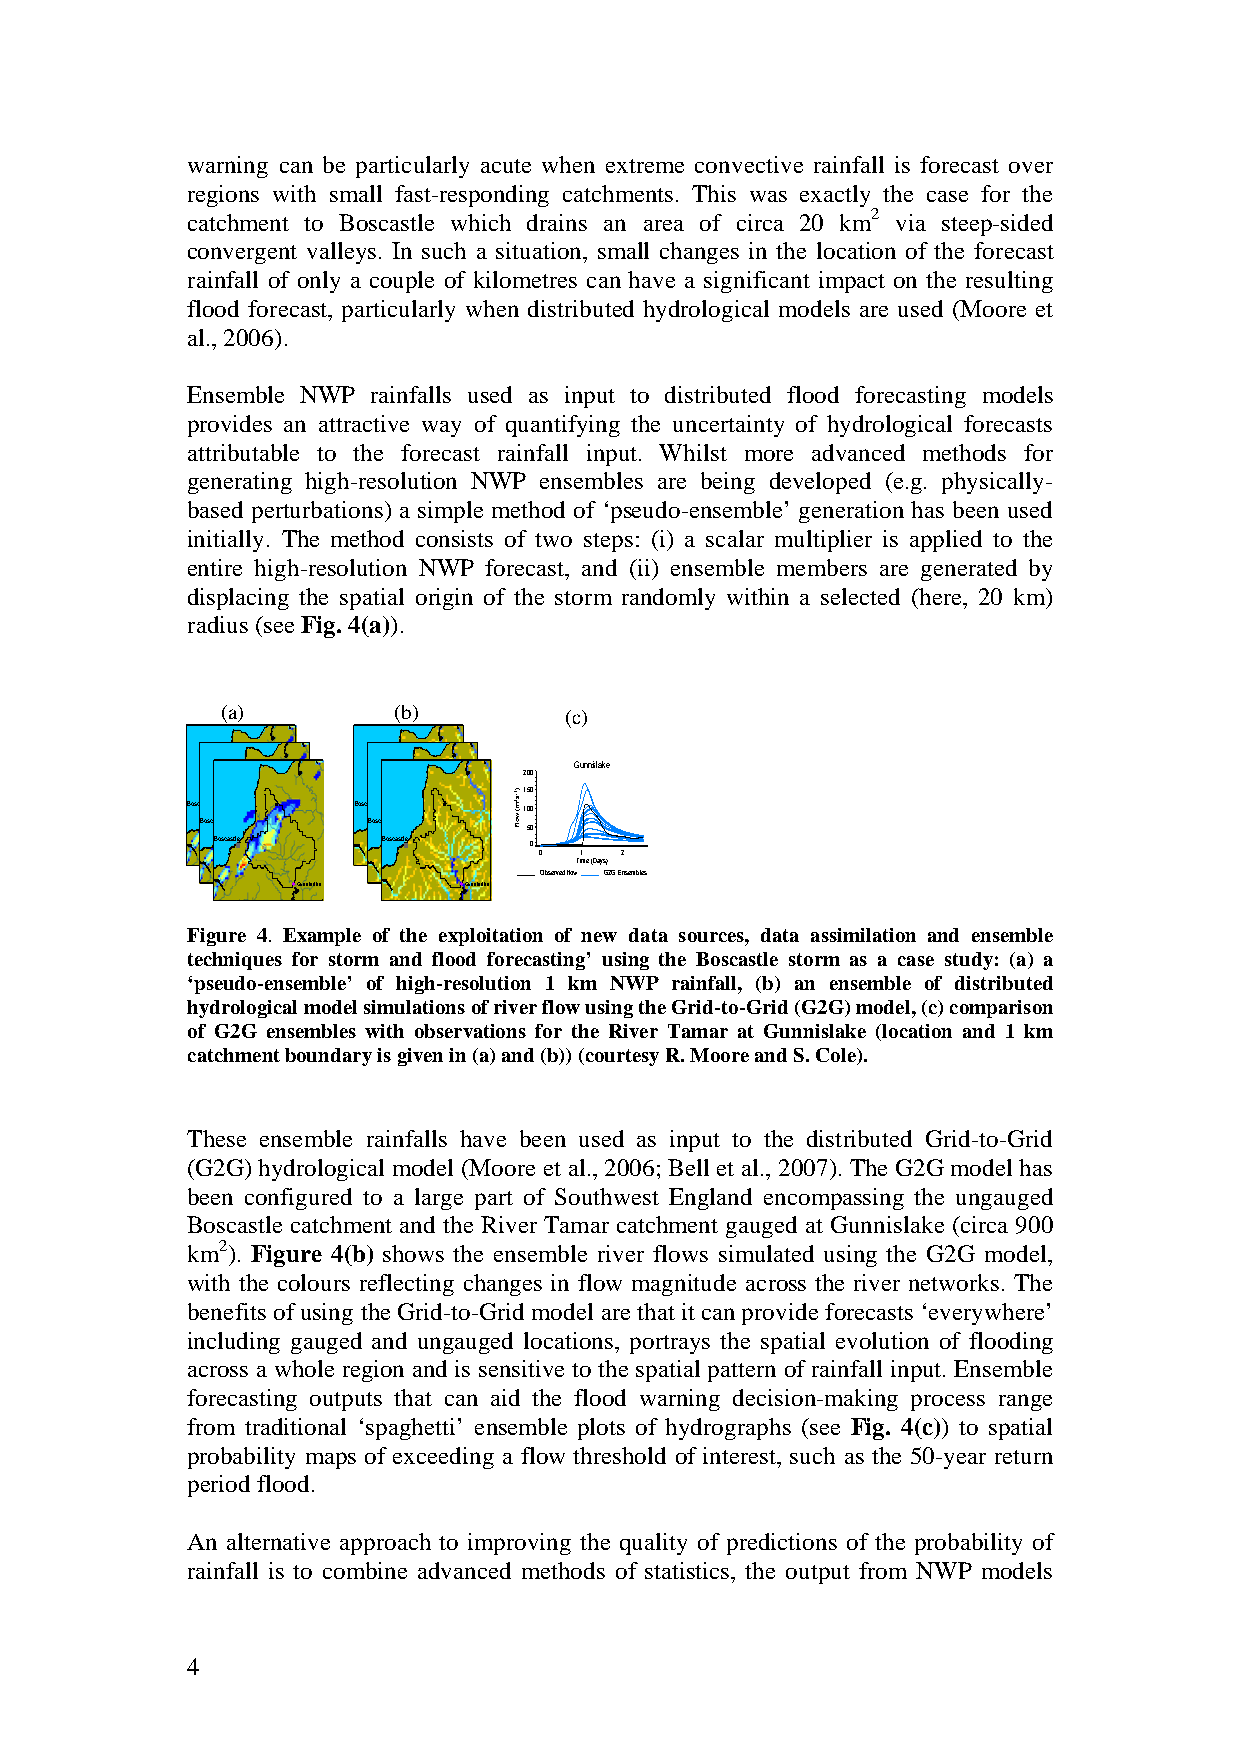
warning can be particularly acute when extreme convective rainfall is forecast over
 regions with small fast-responding catchments. This was exactly the case for the
 catchment to Boscastle which drains an area of circa 20 km2 via steep-sided
 convergent valleys. In such a situation, small changes in the location of the forecast
 rainfall of only a couple of kilometres can have a significant impact on the resulting
 flood forecast, particularly when distributed hydrological models are used (Moore et
 al., 2006).
 Ensemble NWP rainfalls used as input to distributed flood forecasting models
 provides an attractive way of quantifying the uncertainty of hydrological forecasts
 attributable to the forecast rainfall input. Whilst more advanced methods for
 generating high-resolution NWP ensembles are being developed (e.g. physically-
 based perturbations) a simple method of ‘pseudo-ensemble’ generation has been used
 initially. The method consists of two steps: (i) a scalar multiplier is applied to the
 entire high-resolution NWP forecast, and (ii) ensemble members are generated by
 displacing the spatial origin of the storm randomly within a selected (here, 20 km)
 radius (see Fig. 4(a)).
 (a)        (b)        (c)
 Gunnislake
 200
 150
 Boscastle  Boscastle   100
 Boscastle  Boscastle
 50
 Boscastle Gunnislake Boscastle Gunnislake 0 0 1 2
 Gunnislake Gunnislake Time (Days)
 Observed flow G2G Ensembles
 Gunnislake Gunnislake
 Figure 4. Example of the exploitation of new data sources, data assimilation and ensemble
 techniques for storm and flood forecasting’ using the Boscastle storm as a case study: (a) a
 ‘pseudo-ensemble’ of high-resolution 1 km NWP rainfall, (b) an ensemble of distributed
 hydrological model simulations of river flow using the Grid-to-Grid (G2G) model, (c) comparison
 of G2G ensembles with observations for the River Tamar at Gunnislake (location and 1 km
 catchment boundary is given in (a) and (b)) (courtesy R. Moore and S. Cole).
 These ensemble rainfalls have been used as input to the distributed Grid-to-Grid
 (G2G) hydrological model (Moore et al., 2006; Bell et al., 2007). The G2G model has
 been configured to a large part of Southwest England encompassing the ungauged
 Boscastle catchment and the River Tamar catchment gauged at Gunnislake (circa 900
 km2). Figure 4(b) shows the ensemble river flows simulated using the G2G model,
 with the colours reflecting changes in flow magnitude across the river networks. The
 benefits of using the Grid-to-Grid model are that it can provide forecasts ‘everywhere’
 including gauged and ungauged locations, portrays the spatial evolution of flooding
 across a whole region and is sensitive to the spatial pattern of rainfall input. Ensemble
 forecasting outputs that can aid the flood warning decision-making process range
 from traditional ‘spaghetti’ ensemble plots of hydrographs (see Fig. 4(c)) to spatial
 probability maps of exceeding a flow threshold of interest, such as the 50-year return
 period flood.
 An alternative approach to improving the quality of predictions of the probability of
 rainfall is to combine advanced methods of statistics, the output from NWP models
 4
 )1−s3m(
 wolF